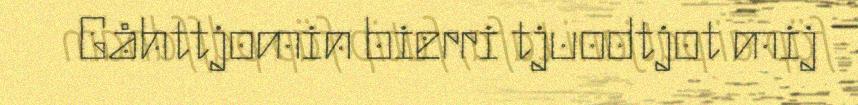
Gåhttjomin bierri tjuodtjot mij